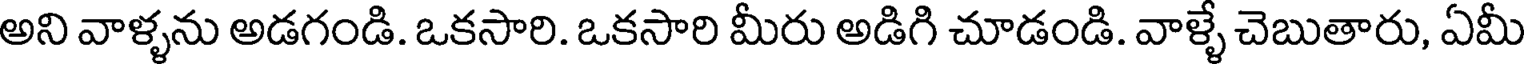
అని వాళ్ళను అడగండి. ఒకసారి. ఒకసారి మీరు అడిగి చూడండి. వాళ్ళే చెబుతారు, ఏమీ